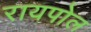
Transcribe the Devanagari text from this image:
रायपोल